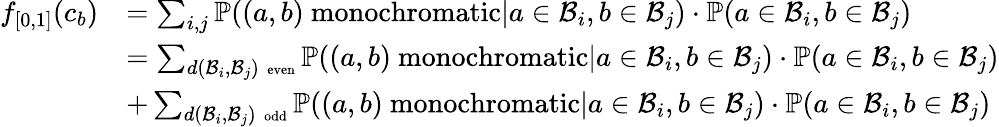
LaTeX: \begin{array}{rl}{f_{[0,1]}(c_{b})}&{=\sum_{i,j}\mathbb{P}((a,b)\mathrm{~monochromatic}|a\in\mathcal{B}_{i},b\in\mathcal{B}_{j})\cdot\mathbb{P}(a\in\mathcal{B}_{i},b\in\mathcal{B}_{j})}\\ &{=\sum_{d(\mathcal{B}_{i},\mathcal{B}_{j})\mathrm{~\scriptsize~even}}\mathbb{P}((a,b)\mathrm{~monochromatic}|a\in\mathcal{B}_{i},b\in\mathcal{B}_{j})\cdot\mathbb{P}(a\in\mathcal{B}_{i},b\in\mathcal{B}_{j})}\\ &{+\sum_{d(\mathcal{B}_{i},\mathcal{B}_{j})\mathrm{~\scriptsize~odd}}\mathbb{P}((a,b)\mathrm{~monochromatic}|a\in\mathcal{B}_{i},b\in\mathcal{B}_{j})\cdot\mathbb{P}(a\in\mathcal{B}_{i},b\in\mathcal{B}_{j})}\end{array}